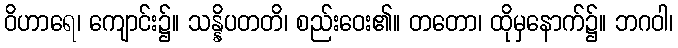
ဝိဟာရေ၊ ကျောင်း၌။ သန္နိပတတိ၊ စည်းဝေး၏။ တတော၊ ထိုမှနောက်၌။ ဘဂဝါ၊